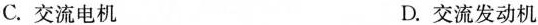
C.交流电机 D.交流发动机